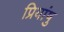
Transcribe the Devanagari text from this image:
प्रियांषु